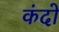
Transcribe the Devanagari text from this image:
कंदो